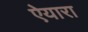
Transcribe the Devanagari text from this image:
ऐयारा